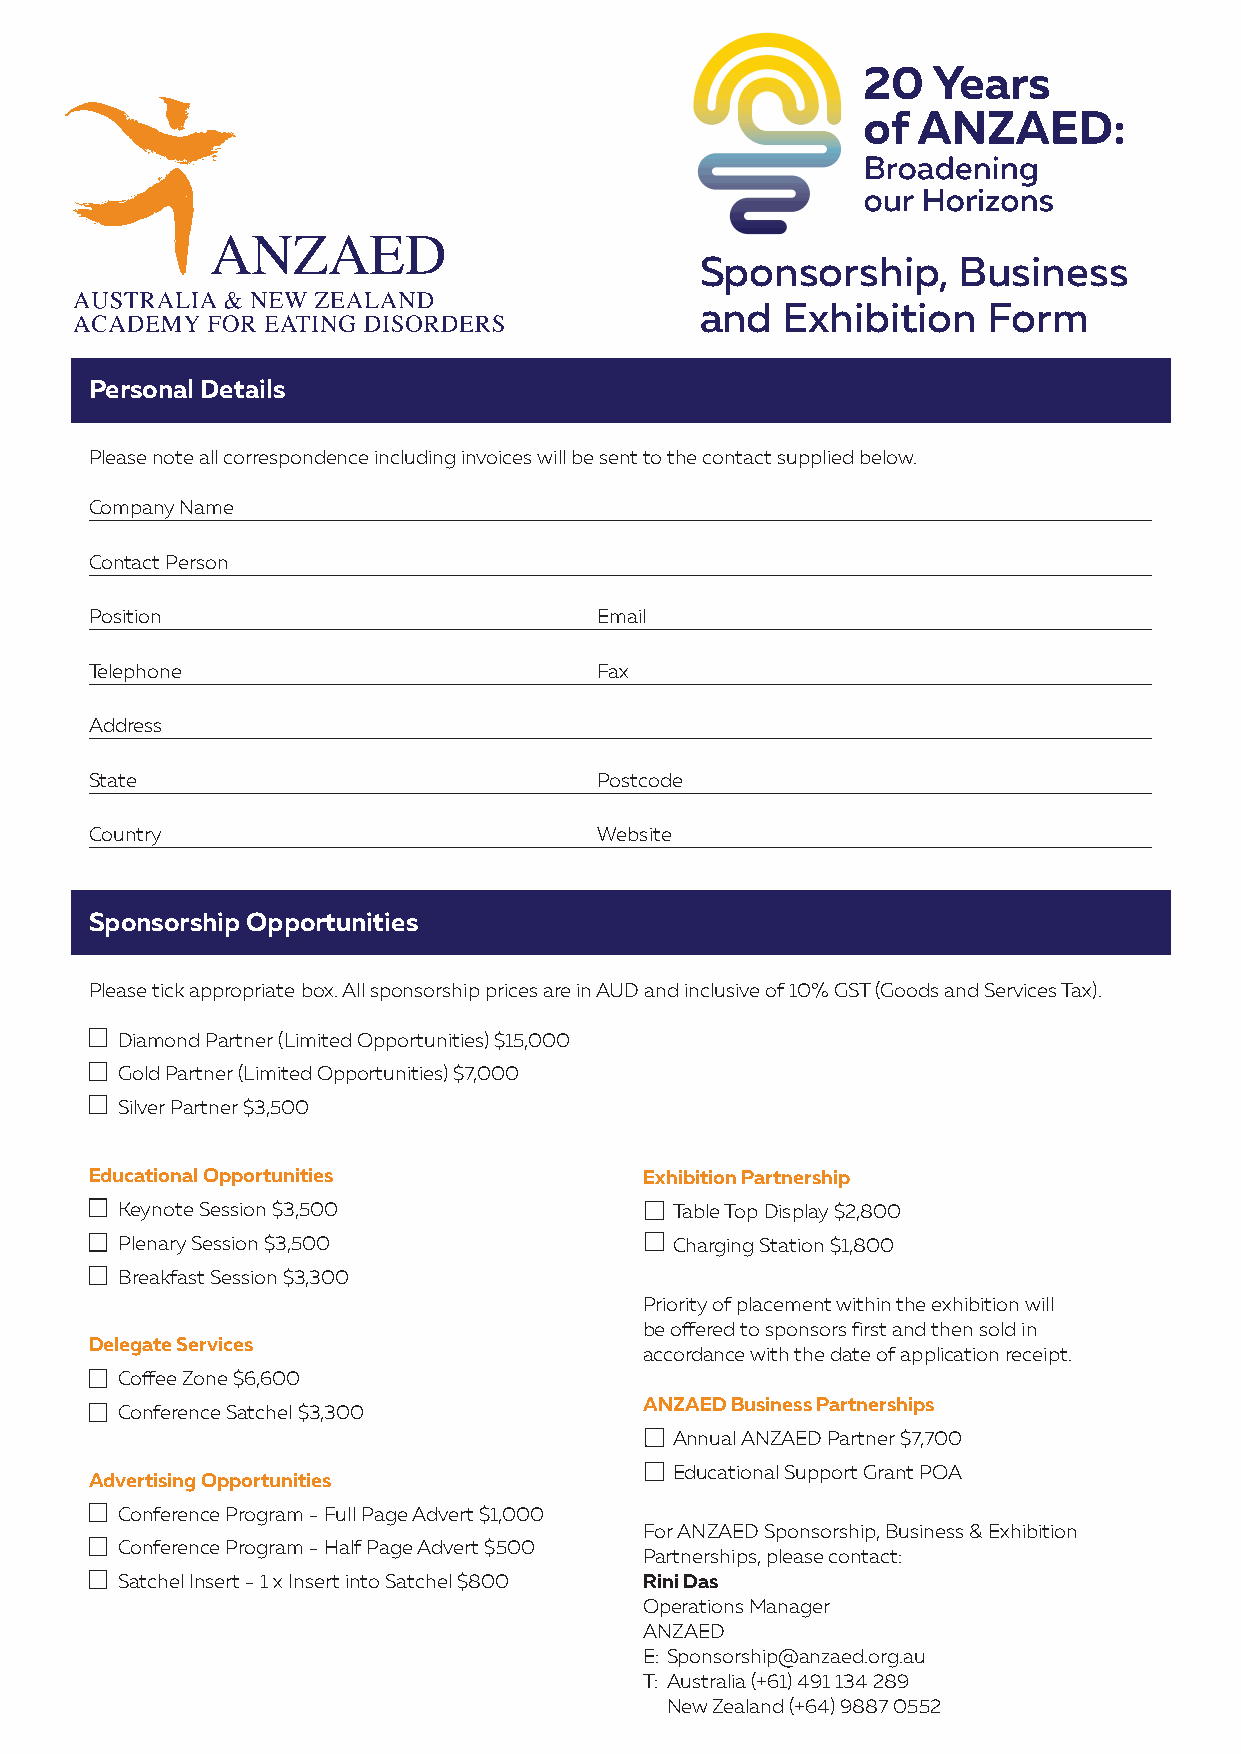
Sponsorship,     Business
 and   Exhibition   Form
 Personal Details
 Please note all correspondence including invoices will be sent to the contact supplied below.
 Company Name
 Contact Person
 Position                          Email
 Telephone                         Fax
 Address
 State                             Postcode
 Country                           Website
 Sponsorship Opportunities
 Please tick appropriate box. All sponsorship prices are in AUD and inclusive of 10% GST (Goods and Services Tax).
 Diamond Partner (Limited Opportunities) $15,000
 Gold Partner (Limited Opportunities) $7,000
 Silver Partner $3,500
 Educational Opportunities            Exhibition Partnership
 Keynote Session $3,500               Table Top Display $2,800
 Plenary Session $3,500               Charging Station $1,800
 Breakfast Session $3,300
 Priority of placement within the exhibition will
 be offered to sponsors first and then sold in
 Delegate Services
 accordance with the date of application receipt.
 Coffee Zone $6,600
 ANZAED Business Partnerships
 Conference Satchel $3,300
 Annual ANZAED Partner $7,700
 Educational Support Grant POA
 Advertising Opportunities
 Conference Program - Full Page Advert $1,000
 For ANZAED Sponsorship, Business & Exhibition
 Conference Program - Half Page Advert $500
 Partnerships, please contact:
 Satchel Insert - 1 x Insert into Satchel $800 Rini Das
 Operations Manager
 ANZAED
 E: Sponsorship@anzaed.org.au
 T: Australia (+61) 491 134 289
 New Zealand (+64) 9887 0552